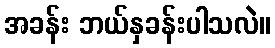
အခန်း ဘယ်နှခန်းပါသလဲ။